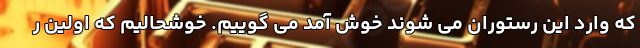
که وارد این رستوران می شوند خوش آمد می گوییم. خوشحالیم که اولین ر